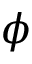
\phi